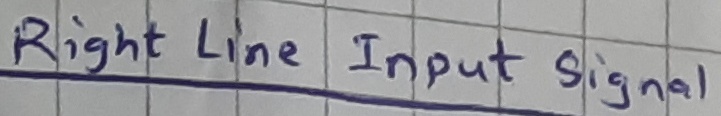
Text: Right lineInput signal